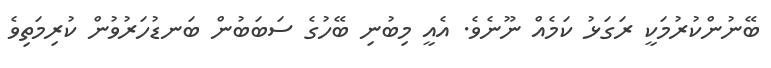
ބޭނުންކުރުމަކީ ރަގަޅު ކަމެއް ނޫނެވެ. އެއީ މިބުނި ބޭހުގެ ސަބަބުން ބަނޑުހަރުވުން ކުރިމަތިވެ